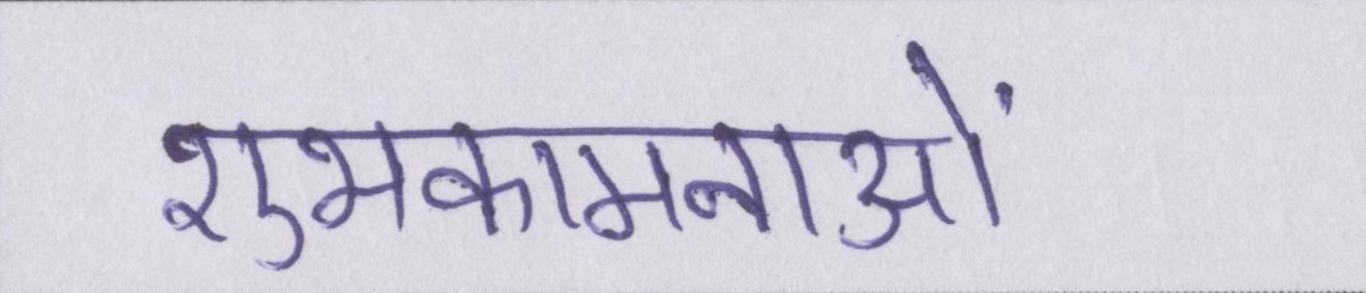
शुभकामनाओं